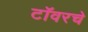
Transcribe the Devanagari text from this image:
टॉवरचे